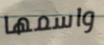
واسمها